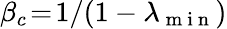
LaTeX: \beta_{c}\! =\! 1/(1-\lambda_{\mathrm{~m~i~n~}})